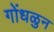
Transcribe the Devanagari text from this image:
गोंधळुन